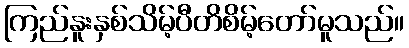
ကြည်နူးနှစ်သိမ့်ပီတိစိမ့်တော်မူသည်။